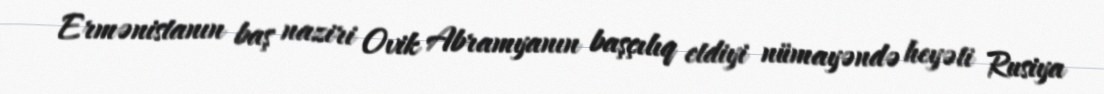
Ermənistanın baş naziri Ovik Abramyanın başçılıq etdiyi nümayəndə heyəti Rusiya